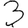
Digit: 3